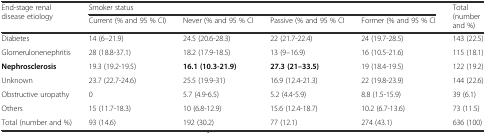
<table><thead><tr><td rowspan="2"><b>End-stage renal disease etiology</b></td><td colspan="4"><b>Smoker status</b></td><td rowspan="2"><b>Total (number and %)</b></td></tr><tr><td><b>Current (% and 95 % CI)</b></td><td><b>Never (% and 95 % CI</b></td><td><b>Passive (% and 95 % CI</b></td><td><b>Former (% and 95 % CI</b></td></tr></thead><tbody><tr><td>Diabetes</td><td>14 (6–21.9)</td><td>24.5 (20.6-28.3)</td><td>22 (21.7-22.4)</td><td>24 (19.7-28.5)</td><td>143 (22.5)</td></tr><tr><td>Glomerulonenephritis</td><td>28 (18.8-37.1)</td><td>18.2 (17.9-18.5)</td><td>13 (9–16.9)</td><td>16 (10.5-21.6)</td><td>115 (18.1)</td></tr><tr><td><b>Nephrosclerosis</b></td><td>19.3 (19.2-19.5)</td><td><b>16.1 (10.3-21.9)</b></td><td><b>27.3 (21–33.5)</b></td><td>19 (18.4-19.5)</td><td>122 (19.2)</td></tr><tr><td>Unknown</td><td>23.7 (22.7-24.6)</td><td>25.5 (19.9-31)</td><td>16.9 (12.4-21.3)</td><td>22 (19.8-23.9)</td><td>144 (22.6)</td></tr><tr><td>Obstructive uropathy</td><td>0</td><td>5.7 (4.9-6.5)</td><td>5.2 (4.4-5.9)</td><td>8.8 (1.5-15.9)</td><td>39 (6.1)</td></tr><tr><td>Others</td><td>15 (11.7-18.3)</td><td>10 (6.8-12.9)</td><td>15.6 (12.4-18.7)</td><td>10.2 (6.7-13.6)</td><td>73 (11.5)</td></tr><tr><td>Total (number and %)</td><td>93 (14.6)</td><td>192 (30.2)</td><td>77 (12.1)</td><td>274 (43.1)</td><td>636 (100)</td></tr></tbody></table>